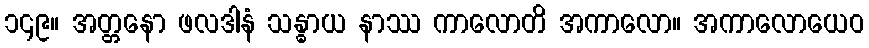
၁၄၉။ အတ္တနော ဖလဒါနံ သန္ဓာယ နာဿ ကာလောတိ အကာလော။ အကာလောယေဝ